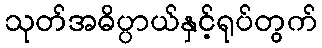
သုတ်အဓိပ္ပာယ်နှင့်ရုပ်တွက်